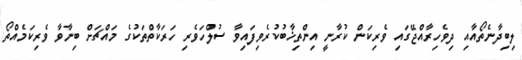
ލިބިދާނެތޯއާއި ދިވެހިރާއްޖޭގައި ވެރިކަން ކުރާނީ އިންތިޚާބުކުރެވިފައިވާ ސުލްހަވެރި ހަރަކާތްތަކުގެ މައްޗަށް ބިނާވާ ވެރިކަމެއްތޯ